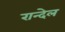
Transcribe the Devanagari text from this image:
रान्देल